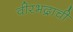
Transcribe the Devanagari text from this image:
वीरभद्राची